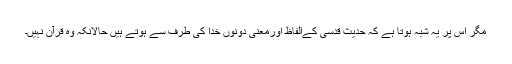
مگر اس پر یہ شبہ ہوتا ہے کہ حدیث قدسی کےالفاظ اورمعنی دونوں خدا کی طرف سے ہوتے ہیں حالانکہ وہ قرآن نہیں۔